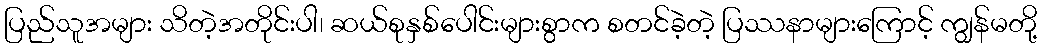
ပြည်သူအများ သိတဲ့အတိုင်းပါ၊ ဆယ်စုနှစ်ပေါင်းများစွာက စတင်ခဲ့တဲ့ ပြဿနာများကြောင့် ကျွန်မတို့